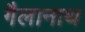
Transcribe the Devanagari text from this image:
गैलानाथ